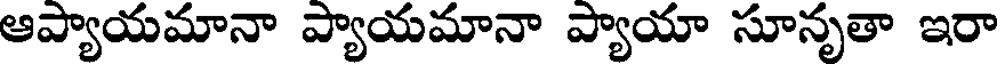
ఆప్యాయమానా ప్యాయమానా ప్యాయా సూనృతా ఇరా